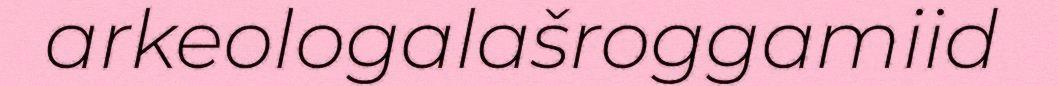
arkeologalašroggamiid